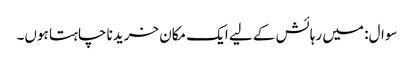
سوال: میں رہائش کے لیے ایک مکان خریدنا چاہتا ہوں۔